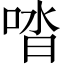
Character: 𠴲